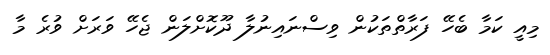
މިއީ ކަމާ ބެހޭ ފަރާތްތަކުން ވިސްނައިނުލާ ދޫކޮށްލަން ޖެހޭ ވަރަށް ވުރެ މާ